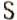
S